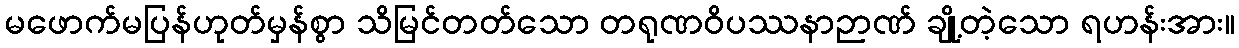
မဖောက်မပြန်ဟုတ်မှန်စွာ သိမြင်တတ်သော တရုဏဝိပဿနာဉာဏ် ချို့တဲ့သော ရဟန်းအား။